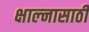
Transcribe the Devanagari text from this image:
क्षाल्नासाठी